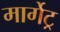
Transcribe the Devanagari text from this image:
मार्गेट्र